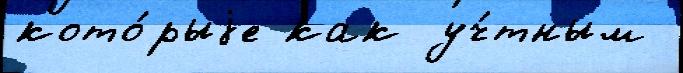
кото́рыjе как уч́тным